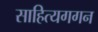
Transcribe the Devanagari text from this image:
साहित्यगगन